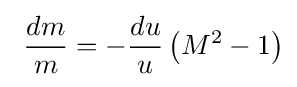
\ {\frac {dm}{m}}=-{\frac {du}{u}}\left(M^{2}-1\right)